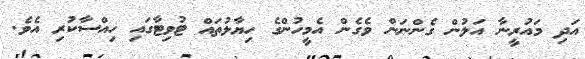
އަދި މައުރީނާ އަލުން ގެންނަން ވެގެން އެމީހުންގެ ހިޔާލުތައް ޓުވިޓާގައި ހިއްސާކުރި އެވެ.